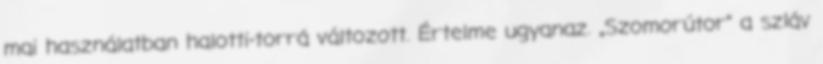
mai használatban halotti-torrá változott. Értelme ugyanaz. „Szomorútor” a szláv